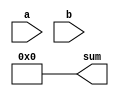
module structural_adder (
    input [13:0] a,
    input [13:0] b,
    output [14:0] sum
);
    assign sum = 15'd0;
endmodule